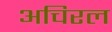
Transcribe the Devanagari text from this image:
अचिरल